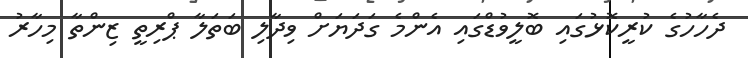
ދެހާހުގެ ކުރީކޮޅުގައި ބޮލީވުޑްގައި އެންމެ ގަދަޔަށް ވިދާލި ބަތަލާ ޕްރިތީ ޒިންތާ މިހާރު